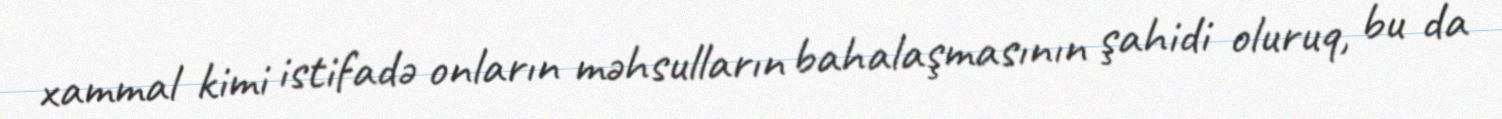
xammal kimi istifadə onların məhsulların bahalaşmasının şahidi oluruq, bu da